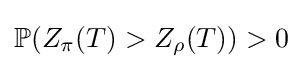
\mathbb {P} (Z_{\pi }(T)>Z_{\rho }(T))>0